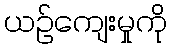
ယဉ်ကျေးမှုကို